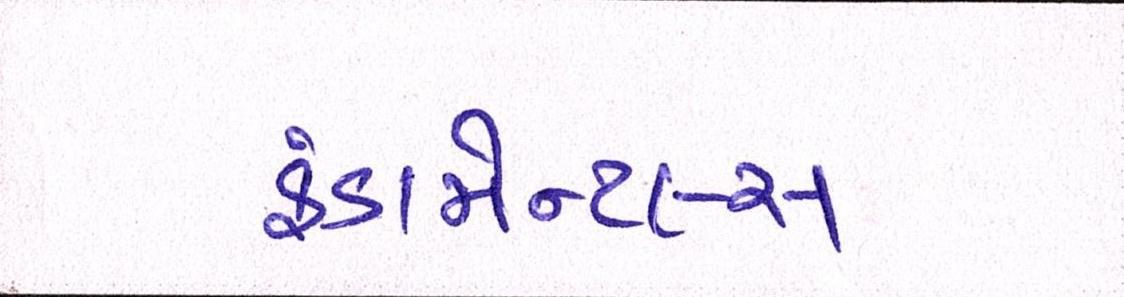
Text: ફંડામેન્ટલ્સ